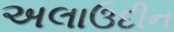
અલાઉદીન